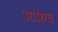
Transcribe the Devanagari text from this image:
आफ्रेच